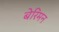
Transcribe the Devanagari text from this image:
बेरिमन